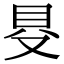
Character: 𠭁